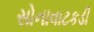
સોનાવાટકડી